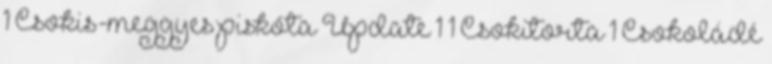
1 Csokis-meggyes piskóta Update 1 1 Csokitorta 1 Csokoládé